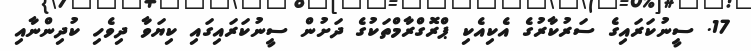
17. ސީނުކަރައިގެ ސަރުކާރުގެ އެކިއެކި ޕްރޮގްރާމްތަކުގެ ދަށުން ސީނުކަރައިގައި ކިޔަވާ ދިވެހި ކުދިންނާއި